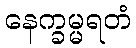
နေက္ခမ္မရတံ